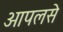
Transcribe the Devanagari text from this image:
आपलसे